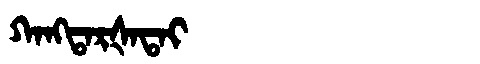
Manchu: ᡴᠠᠩᡨᠠᡵᡧᠠᡨᠠᡳ
Romanization: KANGTARŠATAI